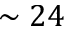
\sim 2 4